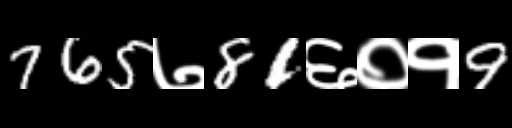
Text: 765७81६०१9